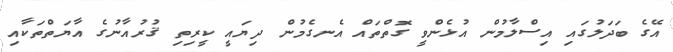
އޭގެ ބަދަލުގައި އިސްލާމުން އުޅެންވީ ގޮތްތައް އެނގެމުން ދިޔައީ ކީރިތި ޤުރުއާނުގެ އާޔަތްތަކާއި